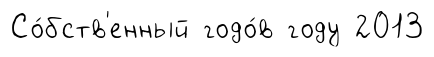
Со́бств'енный годо́в году 2013